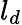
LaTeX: l_{d}